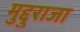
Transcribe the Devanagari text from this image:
मुद्दुराजा